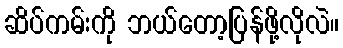
ဆိပ်ကမ်းကို ဘယ်တော့ပြန်ဖို့လိုလဲ။